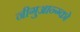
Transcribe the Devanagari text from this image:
नीगुआन्ग्को